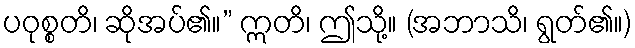
ပဝုစ္စတိ၊ ဆိုအပ်၏။” ဣတိ၊ ဤသို့။ (အဘာသိ၊ ရွတ်၏။)